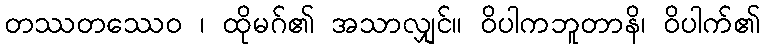
တဿတဿေဝ ၊ ထိုမဂ်၏ အသာလျှင်။ ဝိပါကဘူတာနိ၊ ဝိပါက်၏